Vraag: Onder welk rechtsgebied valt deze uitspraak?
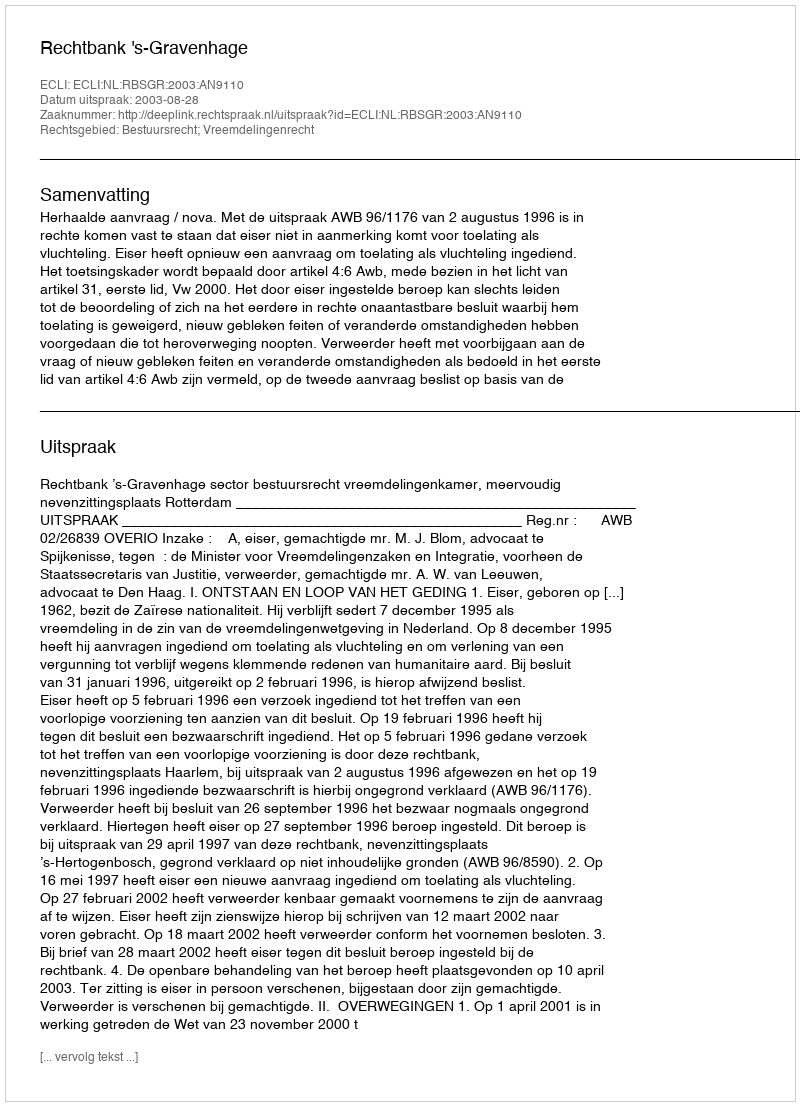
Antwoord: Bestuursrecht; Vreemdelingenrecht